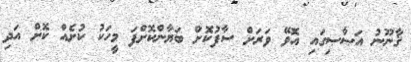
ޤާނޫނު އަޞާޞިގައި އޮވޭ ވަރަށް ސާފުކޮށް ބަޔާންކޮށްފަ މީހަކު ކުށެއް ކޮށް އަދި